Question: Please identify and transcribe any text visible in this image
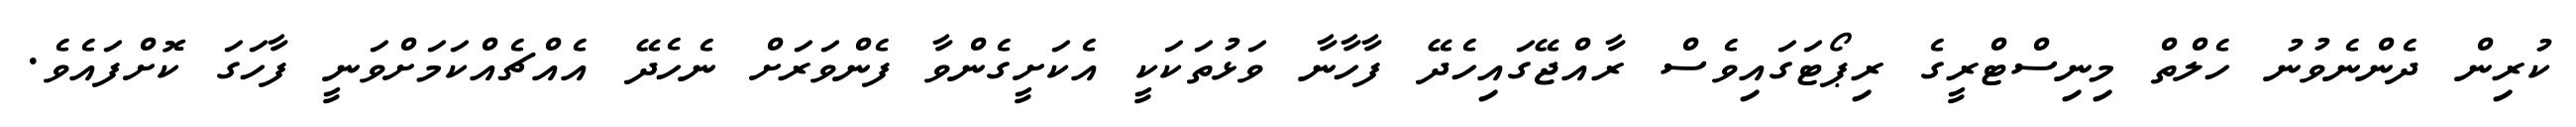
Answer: ކުރިން ދެންނެވުނު ހެލްތް މިނިސްޓްރީގެ ރިޕޯޓަގައިވެސް ރާއްޖޭގައިހެދޭ ފާހާނާ ވަޅުތަކަކީ އެކަށީގެންވާ ފެންވަރަށް ނެހެދޭ އެއްޗެއްކަމަށްވަނީ ފާހަގަ ކޮށްފައެވެ.